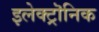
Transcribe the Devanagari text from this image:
इलेक्ट्रॊनिक